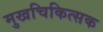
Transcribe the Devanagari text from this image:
मुखचिकित्सक